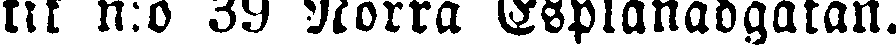
tik n:o 39 Norra Esplanadgatan.